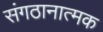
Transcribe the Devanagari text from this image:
संगठानात्मक